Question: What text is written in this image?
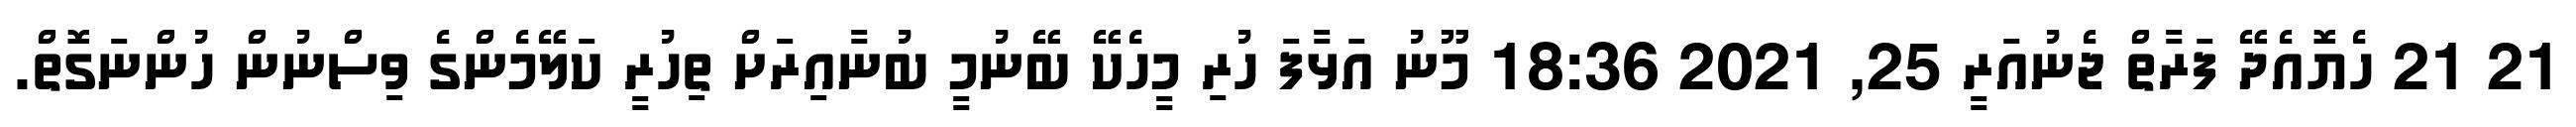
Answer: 21 21 ހެޔޮއެދޭ ފަރާތް ޖެނުއަރީ 25, 2021 18:36 މޫނު އަޅާފަ ހުރި މީހެކޭ ބޭނުމީ ބުނާއިރަށް ތިހުރީ ކަލޭމެންގެ ވިސްނުން ހުންނަގޮތް.